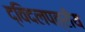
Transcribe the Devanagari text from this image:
द्विदलपत्रीय